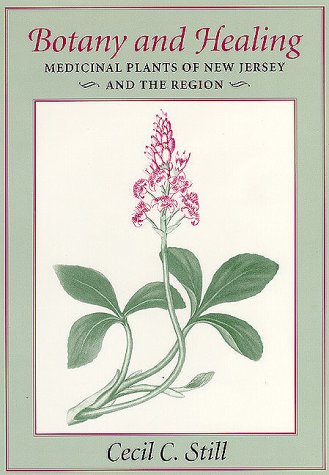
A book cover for Botany and Healing: Medicinal Plants of New Jersey and the Region; Cecil Still; Medical Books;